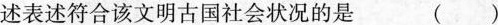
述表述符合该文明古国社会状况的是 ()